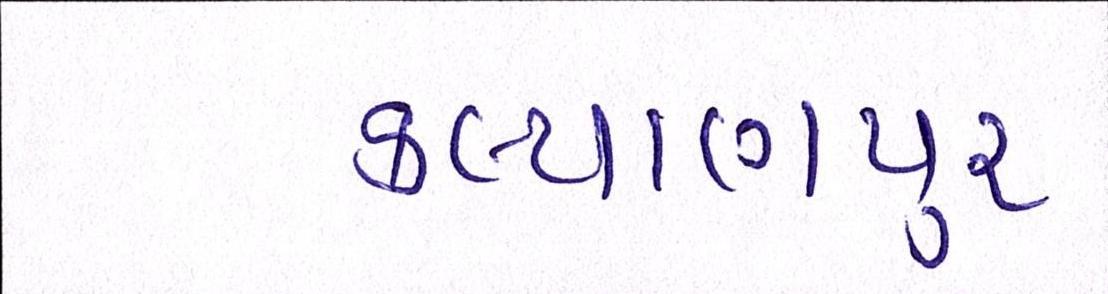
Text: કલ્યાણપુર